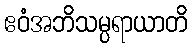
ဧဝံအဘိသမ္ပရာယာတိ